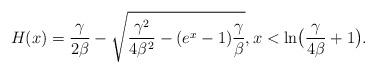
LaTeX: \begin{align*}H(x)=\frac{\gamma}{2\beta}-\sqrt{\frac{\gamma^2}{4\beta^2}-(e^x-1)\frac{\gamma}{\beta}},x < \ln\bigl( \frac{\gamma}{4\beta}+1\bigr).\end{align*}